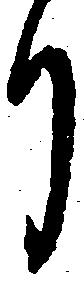
り